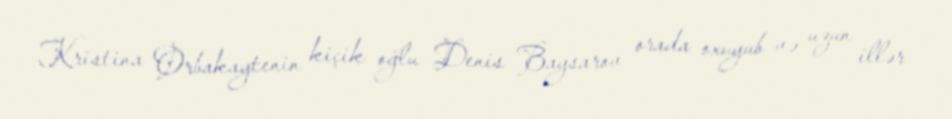
Kristina Orbakaytenin kiçik oğlu Denis Baysarov orada oxuyub və uzun illər